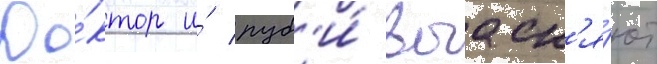
До́ктор и́ руб'и́ выасн'я́ют